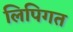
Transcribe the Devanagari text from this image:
लिपिगत